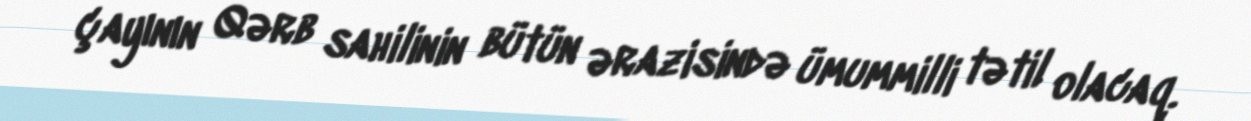
çayının Qərb sahilinin bütün ərazisində ümummilli tətil olacaq.